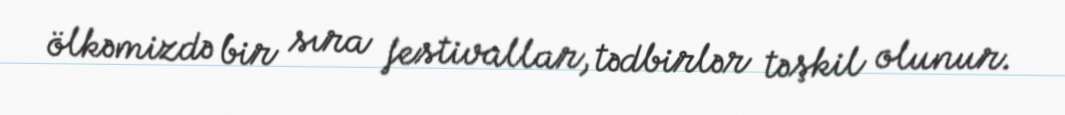
ölkəmizdə bir sıra festivallar, tədbirlər təşkil olunur.